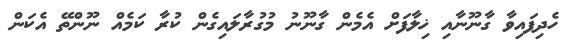
ހެދިފައިވާ ގާނޫނާއި ޚިލާފަށް އެމެން ގާނޫނު މުގުރާލައިގެން ކުރާ ކަމެއް ނޫންތޭ އެކަން